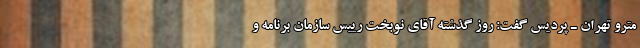
مترو تهران ـ پردیس گفت: روز گذشته آقای نوبخت رییس سازمان برنامه و